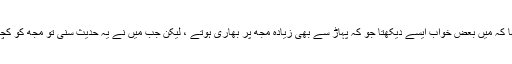
ابو سلمہ نے کہا کہ میں بعض خواب ایسے دیکھتا جو کہ پہاڑ سے بھی زیادہ مجھ پر بھاری ہوتے ، لیکن جب میں نے یہ حدیث سنی تو مجھ کو کچھ پرواہ نہ رہی۔